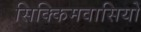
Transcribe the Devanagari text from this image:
सिक्किमवासियों